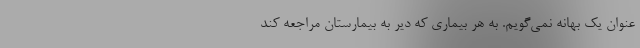
عنوان یک بهانه نمی‌گویم. به هر بیماری که دیر به بیمارستان مراجعه کند